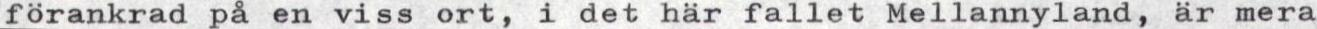
förankrad på en viss ort, i det här fallet Mellannyland, är mera